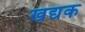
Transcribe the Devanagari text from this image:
खद्यक